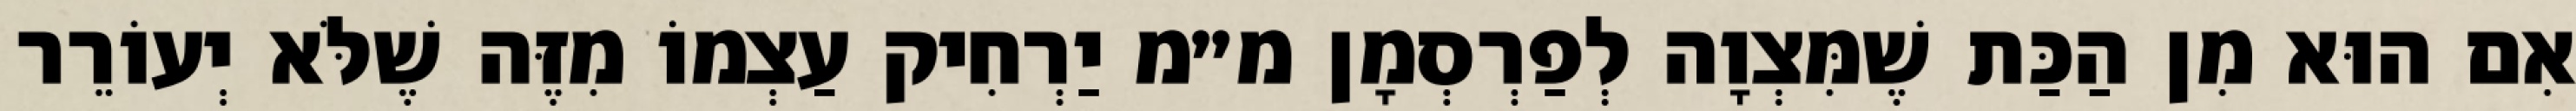
אִם הוּא מִן הַכַּת שֶׁמִּצְוָה לְפַרְסְמָן מ״מ יַרְחִיק עַצְמוֹ מִזֶּה שֶׁלֹּא יְעוֹרֵר